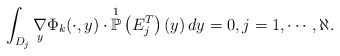
\begin{align*}\int_{D_{j}} \underset{y}{\nabla} \Phi_{k}(\cdot,y) \cdot \overset{1}{\mathbb{P}}\left( E^{T}_j\right)(y)\, dy = 0, j=1,\cdots,\aleph.\end{align*}